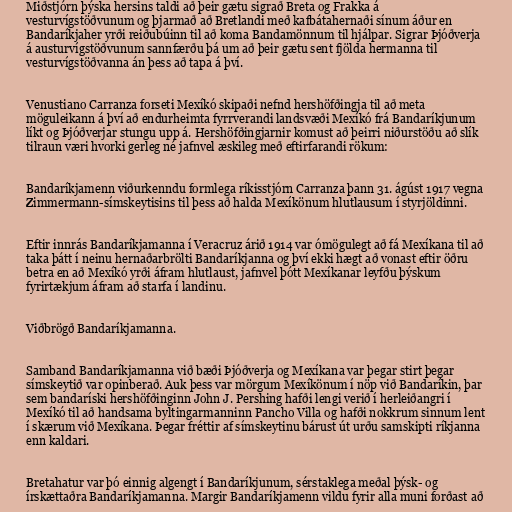
Miðstjórn þýska hersins taldi að þeir gætu sigrað Breta og Frakka á
vesturvígstöðvunum og þjarmað að Bretlandi með kafbátahernaði sínum áður en
Bandaríkjaher yrði reiðubúinn til að koma Bandamönnum til hjálpar. Sigrar Þjóðverja
á austurvígstöðvunum sannfærðu þá um að þeir gætu sent fjölda hermanna til
vesturvígstöðvanna án þess að tapa á því.

Venustiano Carranza forseti Mexíkó skipaði nefnd hershöfðingja til að meta
möguleikann á því að endurheimta fyrrverandi landsvæði Mexíkó frá Bandaríkjunum
líkt og Þjóðverjar stungu upp á. Hershöfðingjarnir komust að þeirri niðurstöðu að slík
tilraun væri hvorki gerleg né jafnvel æskileg með eftirfarandi rökum:

Bandaríkjamenn viðurkenndu formlega ríkisstjórn Carranza þann 31. ágúst 1917 vegna
Zimmermann-símskeytisins til þess að halda Mexíkönum hlutlausum í styrjöldinni.

Eftir innrás Bandaríkjamanna í Veracruz árið 1914 var ómögulegt að fá Mexíkana til að
taka þátt í neinu hernaðarbrölti Bandaríkjanna og því ekki hægt að vonast eftir öðru
betra en að Mexíkó yrði áfram hlutlaust, jafnvel þótt Mexíkanar leyfðu þýskum
fyrirtækjum áfram að starfa í landinu.

Viðbrögð Bandaríkjamanna.

Samband Bandaríkjamanna við bæði Þjóðverja og Mexíkana var þegar stirt þegar
símskeytið var opinberað. Auk þess var mörgum Mexíkönum í nöp við Bandaríkin, þar
sem bandaríski hershöfðinginn John J. Pershing hafði lengi verið í herleiðangri í
Mexíkó til að handsama byltingarmanninn Pancho Villa og hafði nokkrum sinnum lent
í skærum við Mexíkana. Þegar fréttir af símskeytinu bárust út urðu samskipti ríkjanna
enn kaldari.

Bretahatur var þó einnig algengt í Bandaríkjunum, sérstaklega meðal þýsk- og
írskættaðra Bandaríkjamanna. Margir Bandaríkjamenn vildu fyrir alla muni forðast að